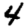
Digit: 4